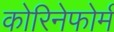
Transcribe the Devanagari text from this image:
कोरिनेफोर्म